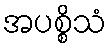
အပစ္စိသံ